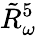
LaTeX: \tilde{R}_{{\omega}}^{5}